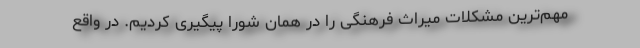
مهم‌ترین مشکلات میراث فرهنگی را در همان شورا پیگیری کردیم. در واقع